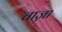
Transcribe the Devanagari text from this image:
चाज़ा